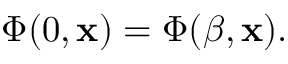
\Phi ( 0 , { \bf x } ) = \Phi ( \beta , { \bf x } ) .